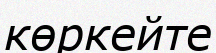
көркейте